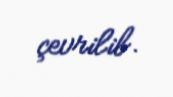
çevrilib.